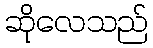
ဆိုလေသည်